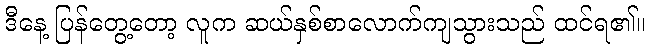
ဒီနေ့ ပြန်တွေ့တော့ လူက ဆယ်နှစ်စာလောက်ကျသွားသည် ထင်ရ၏။